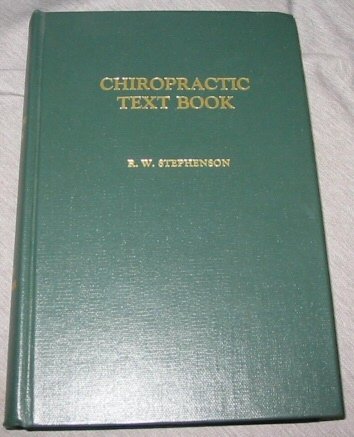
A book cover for Chiropractic Text Book; R. W. Stephenson; Medical Books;